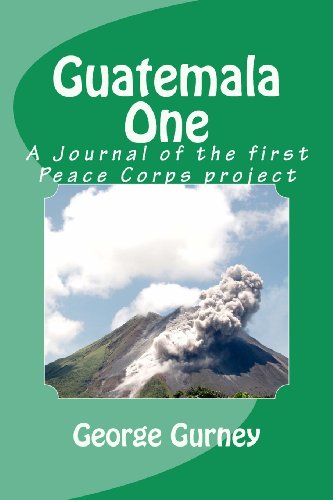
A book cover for Guatemala One; George L Gurney; Travel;